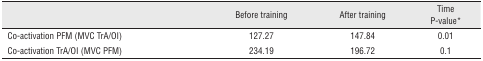
<table><thead><tr><td></td><td><b>Before training</b></td><td><b>After training</b></td><td><b>Time P-value*</b></td></tr></thead><tbody><tr><td>Co-activation PFM (MVC TrA/OI)</td><td>127.27</td><td>147.84</td><td>0.01</td></tr><tr><td>Co-activation TrA/OI (MVC PFM)</td><td>234.19</td><td>196.72</td><td>0.1</td></tr></tbody></table>